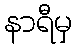
နာရီမှ